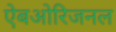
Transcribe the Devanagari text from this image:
ऐबओरिजनल